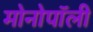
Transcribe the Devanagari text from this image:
मोनोपॉली